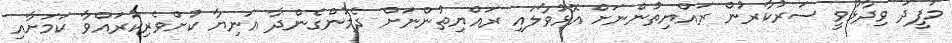
މުފީދު ވިދާޅުވީ ސަރުކާރުން ރައްޔިތުންނަށް އޮޅުވާލައި ރައްޔިތުންނަށް ދެމުންގެންދާ އަނިޔާ ކުށްވެރިކުރައްވާ ކަމަށާއި